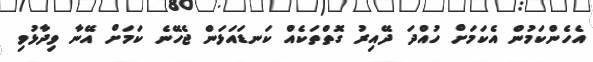
އެހެންކަމުން އެކަމަށް ހުއްދަ ދޭއިރު ގޮތްތަކެއް ކަނޑައަޅަން ޖެހޭނެ ކަމަށް އޭނާ ވިދާޅުވި